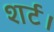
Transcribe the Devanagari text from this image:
शर्ट।